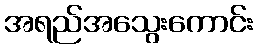
အရည်အသွေးကောင်း